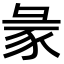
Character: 𧰲